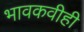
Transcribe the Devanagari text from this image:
भावकवीही